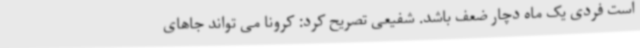
است فردی یک ماه دچار ضعف باشد. شفیعی تصریح کرد: کرونا می تواند جاهای